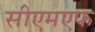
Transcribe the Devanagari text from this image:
सीएमएफ